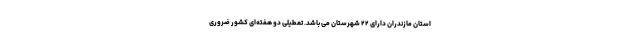
استان مازندران دارای ۲۲ شهرستان می باشد. تعطیلی دو هفته‌ای کشور ضروری